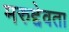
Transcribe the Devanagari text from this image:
मरुद्देवता